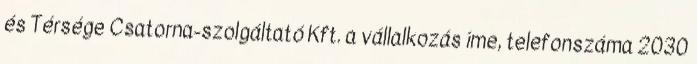
és Térsége Csatorna-szolgáltató Kft. a vállalkozás íme, telefonszáma 2030